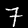
Label: 7